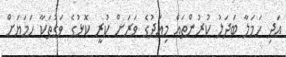
އަދި ހަމަލާ ބަދަލު ކުރުންތައް މިއަދުގެ ވަރަށް ކުރީ ކޮޅުގެ ވަގުތަކާ ހަމަޔަށް